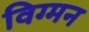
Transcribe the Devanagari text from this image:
विग्मन